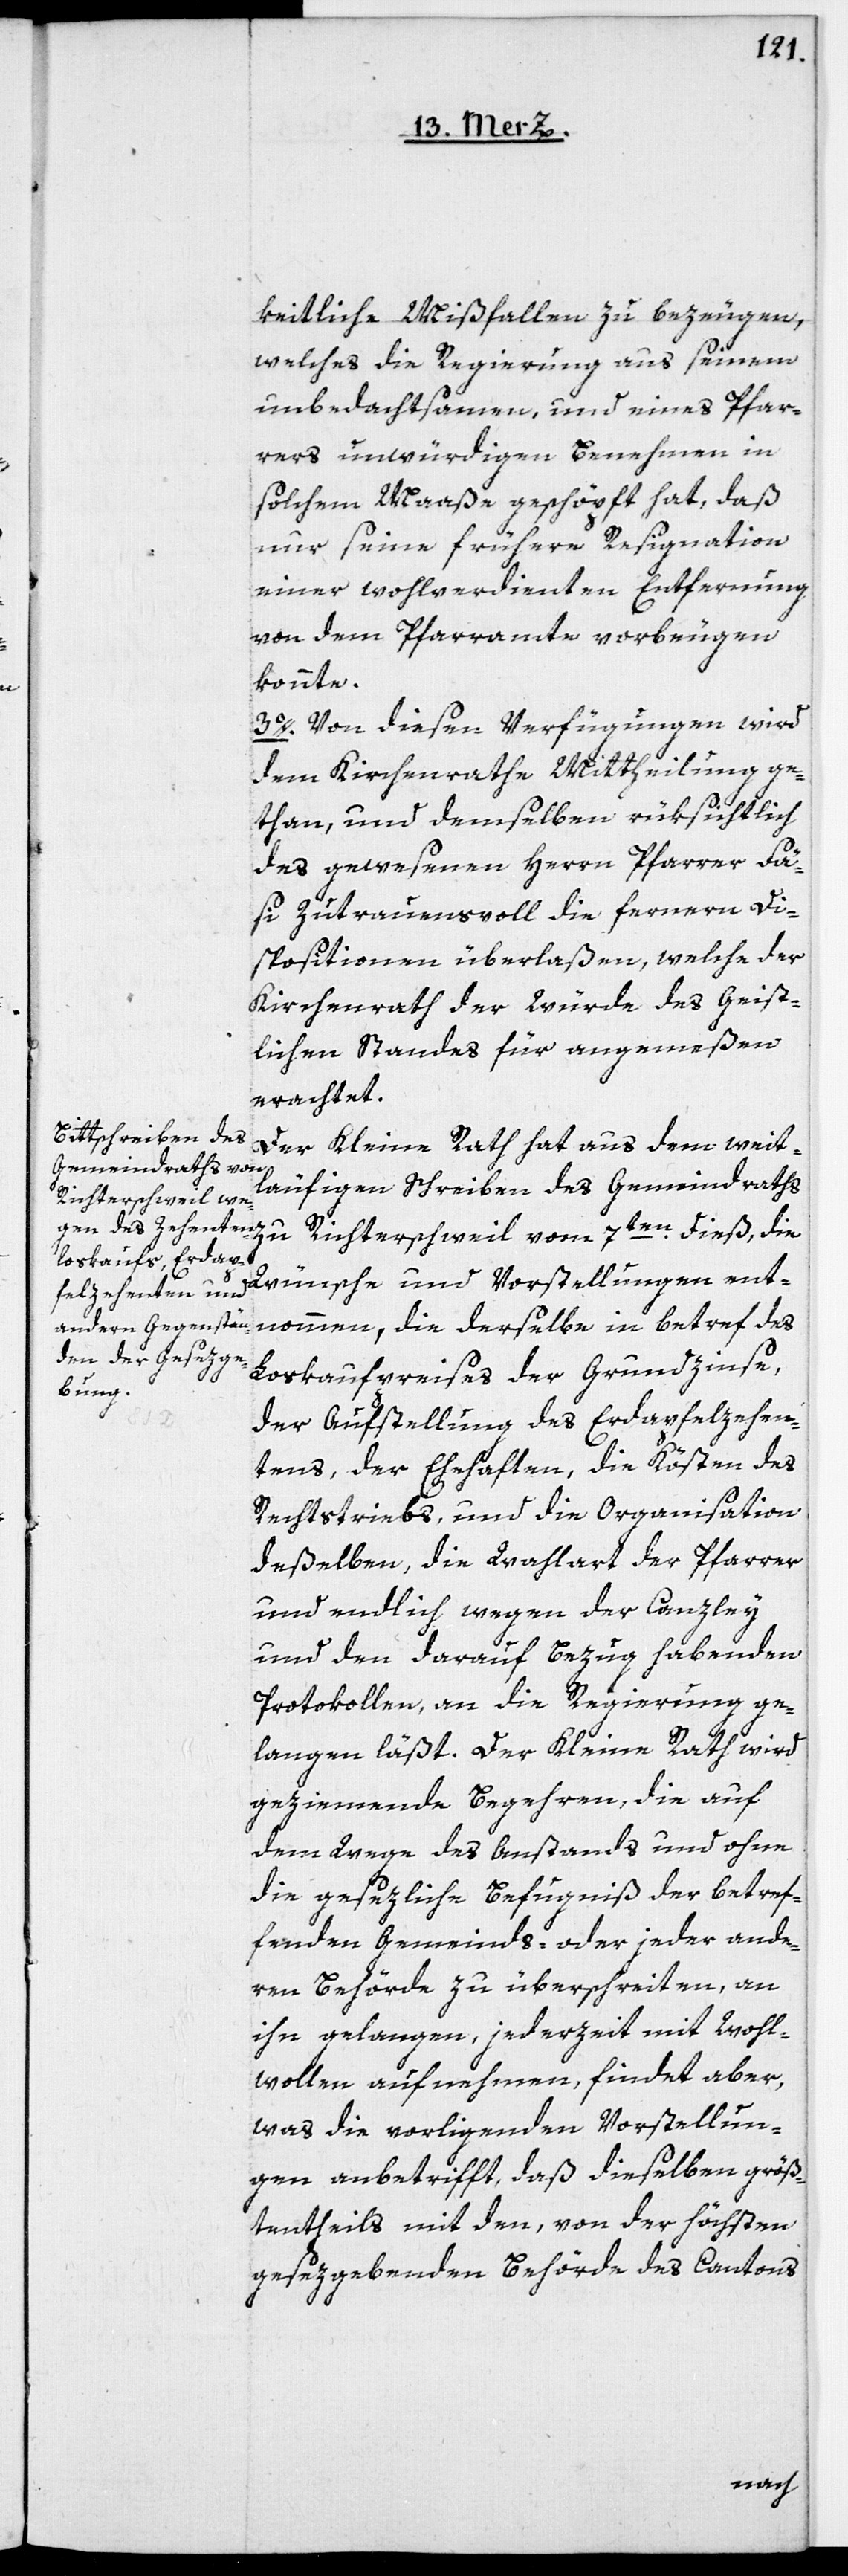
keitliche Mißfallen zu bezeugen,
welches die Regierung aus seinem
unbedachtsamen, und eines Pfar¬
rers unwürdigen Benehmen in
solchem Maaße geschöpft hat, daß
nur seine frühere Resignation
einer wohlverdienten Entfernung
von dem Pfarramte vorbeugen
konnte.
3o. Von diesen Verfügungen wird
dem Kirchenrathe Mittheilung ge¬
than, und demselben rüksichtlich
des gewesenen Herrn Pfarrer Fä¬
si zutrauensvoll die fernern Di¬
spositionen überlaßen, welche der
Kirchenrath der Würde des Geist¬
lichen Standes für angemeßen
erachtet.
Der Kleine Rath hat aus dem weit¬
läufigen Schreiben des Gemeindraths
Richterschweil vom
Wünsche und Vorstellungen ent¬
nommen, die derselbe in Betreff des
Loskaufpreises der Grundzinse,
der Aufstellung des Erdapfelzehen¬
tens, der Ehehaften, die Kösten des
Rechtstriebs, und die Organisation
deßelben, die Wahlart der Pfarrer
und endlich wegen der Canzley
und den darauf Bezug habenden
Protokollen, an die Regierung ge¬
langen läßt. Der Kleine Rath wird
geziemende Begehren, die auf
dem Wege des Anstands und ohne
die gesezliche Befugniß der betref¬
fenden Gemeinds- oder jeder ande¬
ren Behörde zu überschreiten, an
ihn gelangen, jederzeit mit Wohl¬
wollen aufnehmen, findet aber,
was die vorliegenden Vorstellun¬
gen anbetrifft, daß dieselben größ¬
tentheils mit den, von der höchsten
gesezgebenden Behörde des Cantons